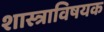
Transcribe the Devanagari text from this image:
शास्त्राविषयक